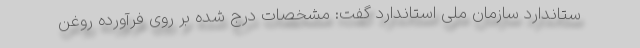
ستاندارد سازمان ملی استاندارد گفت: مشخصات درج شده بر روی فرآورده روغن